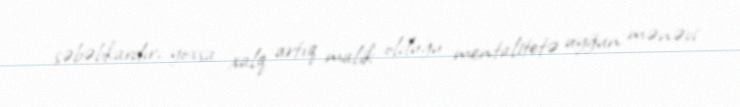
səbəbkardır, yoxsa xalq artıq malik olduğu mentalitetə uyğun mənəvi